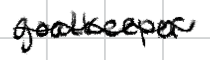
Text: goalkeeper
Cross-out: mix
Writing tool: digital_black